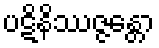
ပဋိနိဿဇ္ဇန္တော